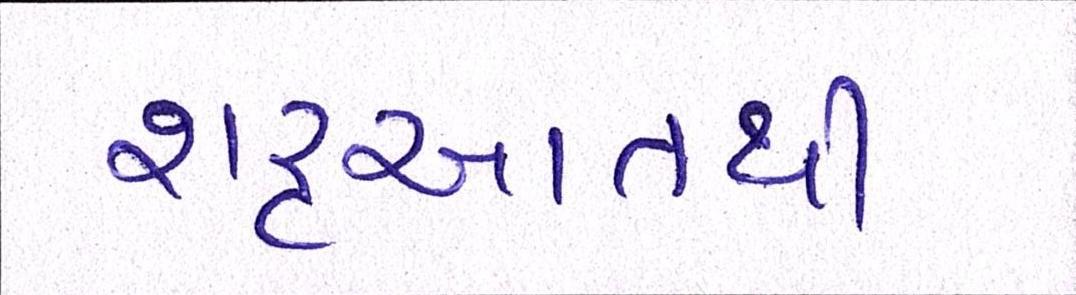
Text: શરૃઆતથી